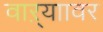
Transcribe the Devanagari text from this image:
वाऱ्याावर